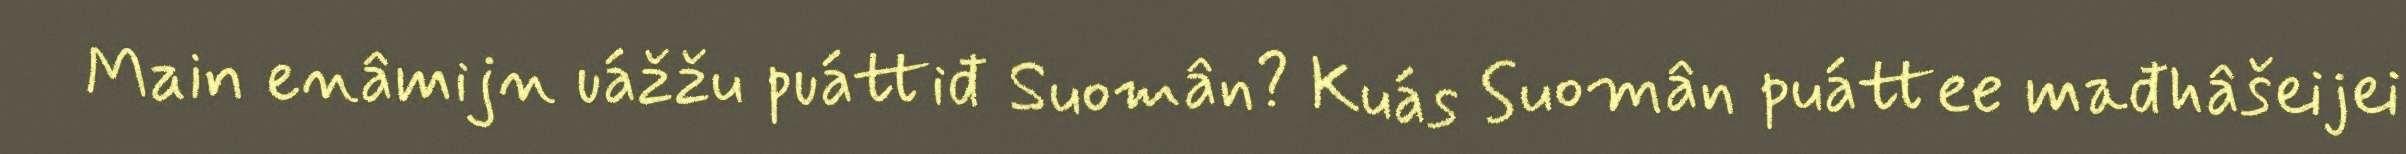
Main enâmijn uážžu puáttiđ Suomân? Kuás Suomân puáttee mađhâšeijei